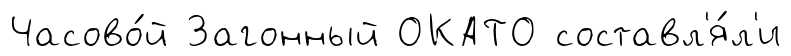
Часово́й Загонный ОКАТО составл'я́л'и